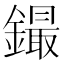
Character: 𲇤